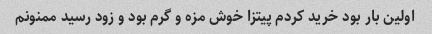
اولین بار بود خرید کردم پیتزا خوش مزه و گرم بود و زود رسید ممنونم